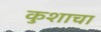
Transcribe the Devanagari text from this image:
कुशाचा